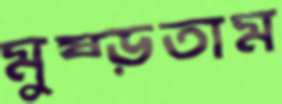
মুষ্‌ড়তাম